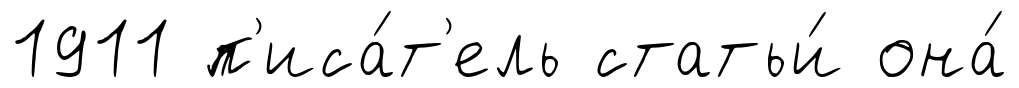
1911 п'иса́т'ель статьи́ она́